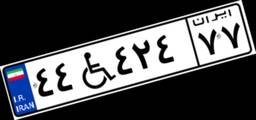
۷۸W۷۸۶۷۷